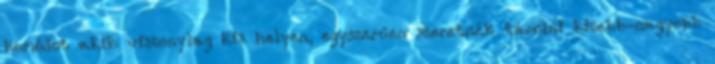
komódot akik viszonylag kis helyen, egyszerűen szeretnék tárolni kisebb-nagyobb